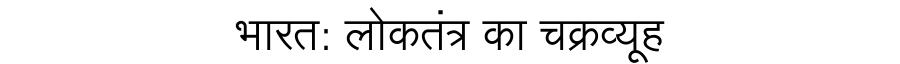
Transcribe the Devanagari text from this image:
भारत: लोकतंत्र का चक्रव्यूह